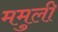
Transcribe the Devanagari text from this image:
ममुली